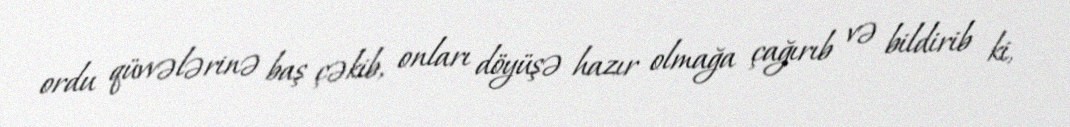
ordu qüvvələrinə baş çəkib, onları döyüşə hazır olmağa çağırıb və bildirib ki,